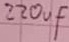
Text: 220µF